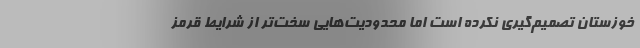
خوزستان تصمیم‌گیری نکرده است اما محدودیت‌هایی سخت‌تر از شرایط قرمز